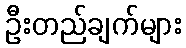
ဦးတည်ချက်များ